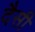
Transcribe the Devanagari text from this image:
दैसी